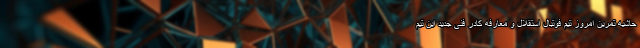
حاشیه تمرین امروز تیم فوتبال استقلال و معارفه کادر فنی جدید این تیم